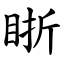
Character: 䀿